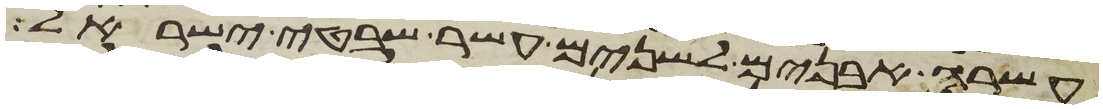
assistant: עשרה אבנים לשנים עשר שבטי ישראל